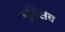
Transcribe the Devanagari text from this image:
युतिसंच